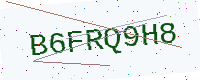
Text: B6FRQ9H8